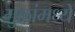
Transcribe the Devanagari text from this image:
मुळांमध्ये